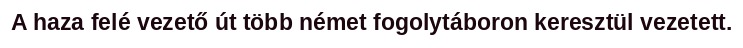
A haza felé vezető út több német fogolytáboron keresztül vezetett.